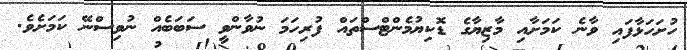
ހުށަހަޅާފައި ވާނެ ކަމަށާއި މާޒިޔާގެ ޑޮކިޔުމެންޓްސްތައް ފުރިހަމަ ނުވާންވީ ސަބަބެއް ނުވިސްނޭ ކަމަށެވެ.